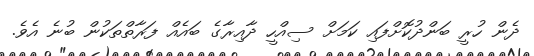
ދެން ހުރީ ބަންދުކޮށްފައި ކަމަށް ސިއްހީ ދާއިރާގެ ބައެއް ފަރާތްތަކުން ބުނެ އެވެ.